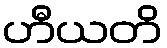
ဟီယတိ